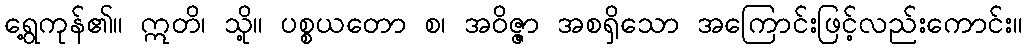
ရွေ့ကုန်၏။ ဣတိ၊ သို့။ ပစ္စယတော စ၊ အဝိဇ္ဇာ အစရှိသော အကြောင်းဖြင့်လည်းကောင်း။